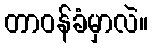
တာဝန်ခံမှာလဲ။